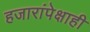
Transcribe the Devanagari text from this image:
हजारांपेक्षाही